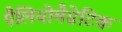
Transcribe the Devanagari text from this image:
पैलियोमैग्नेटिक